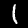
Digit: 1